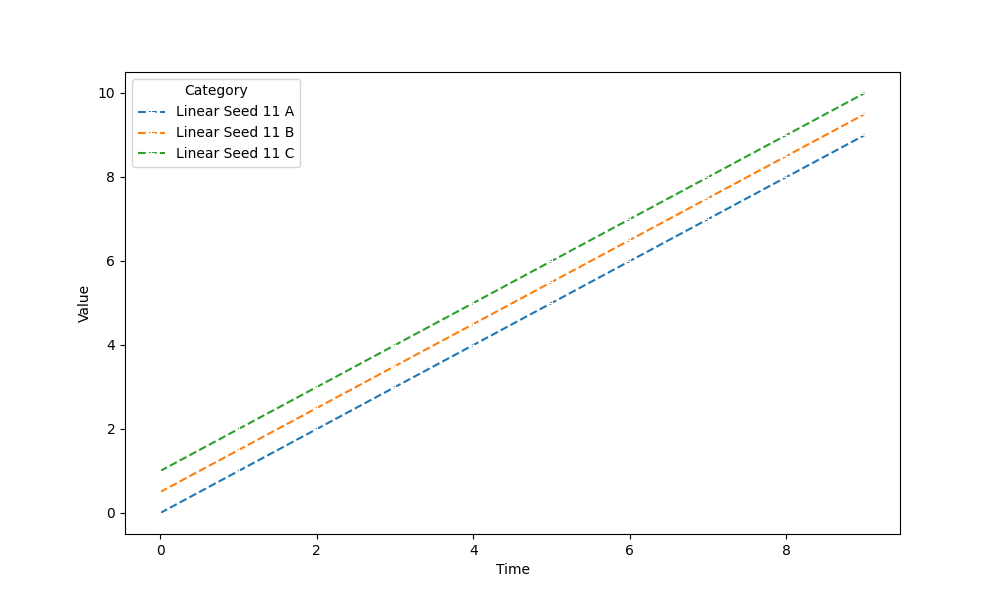
python, seaborn, lineplot, style='dashed', marker='+'